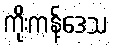
ကိုးကန့်ဒေသ